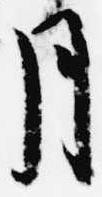
月